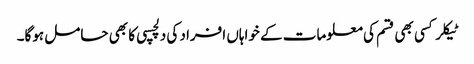
ٹیکلر کسی بھی قسم کی معلومات کے خواہاں افراد کی دلچسپی کا بھی حامل ہوگا۔